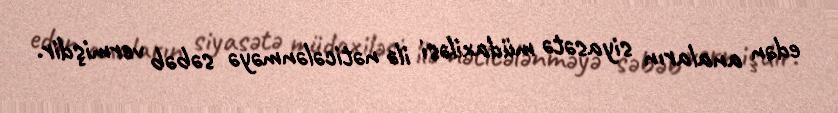
edən anaların siyasətə müdaxiləsi ilə nəticələnməyə səbəb vermişdir.